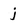
Character: j